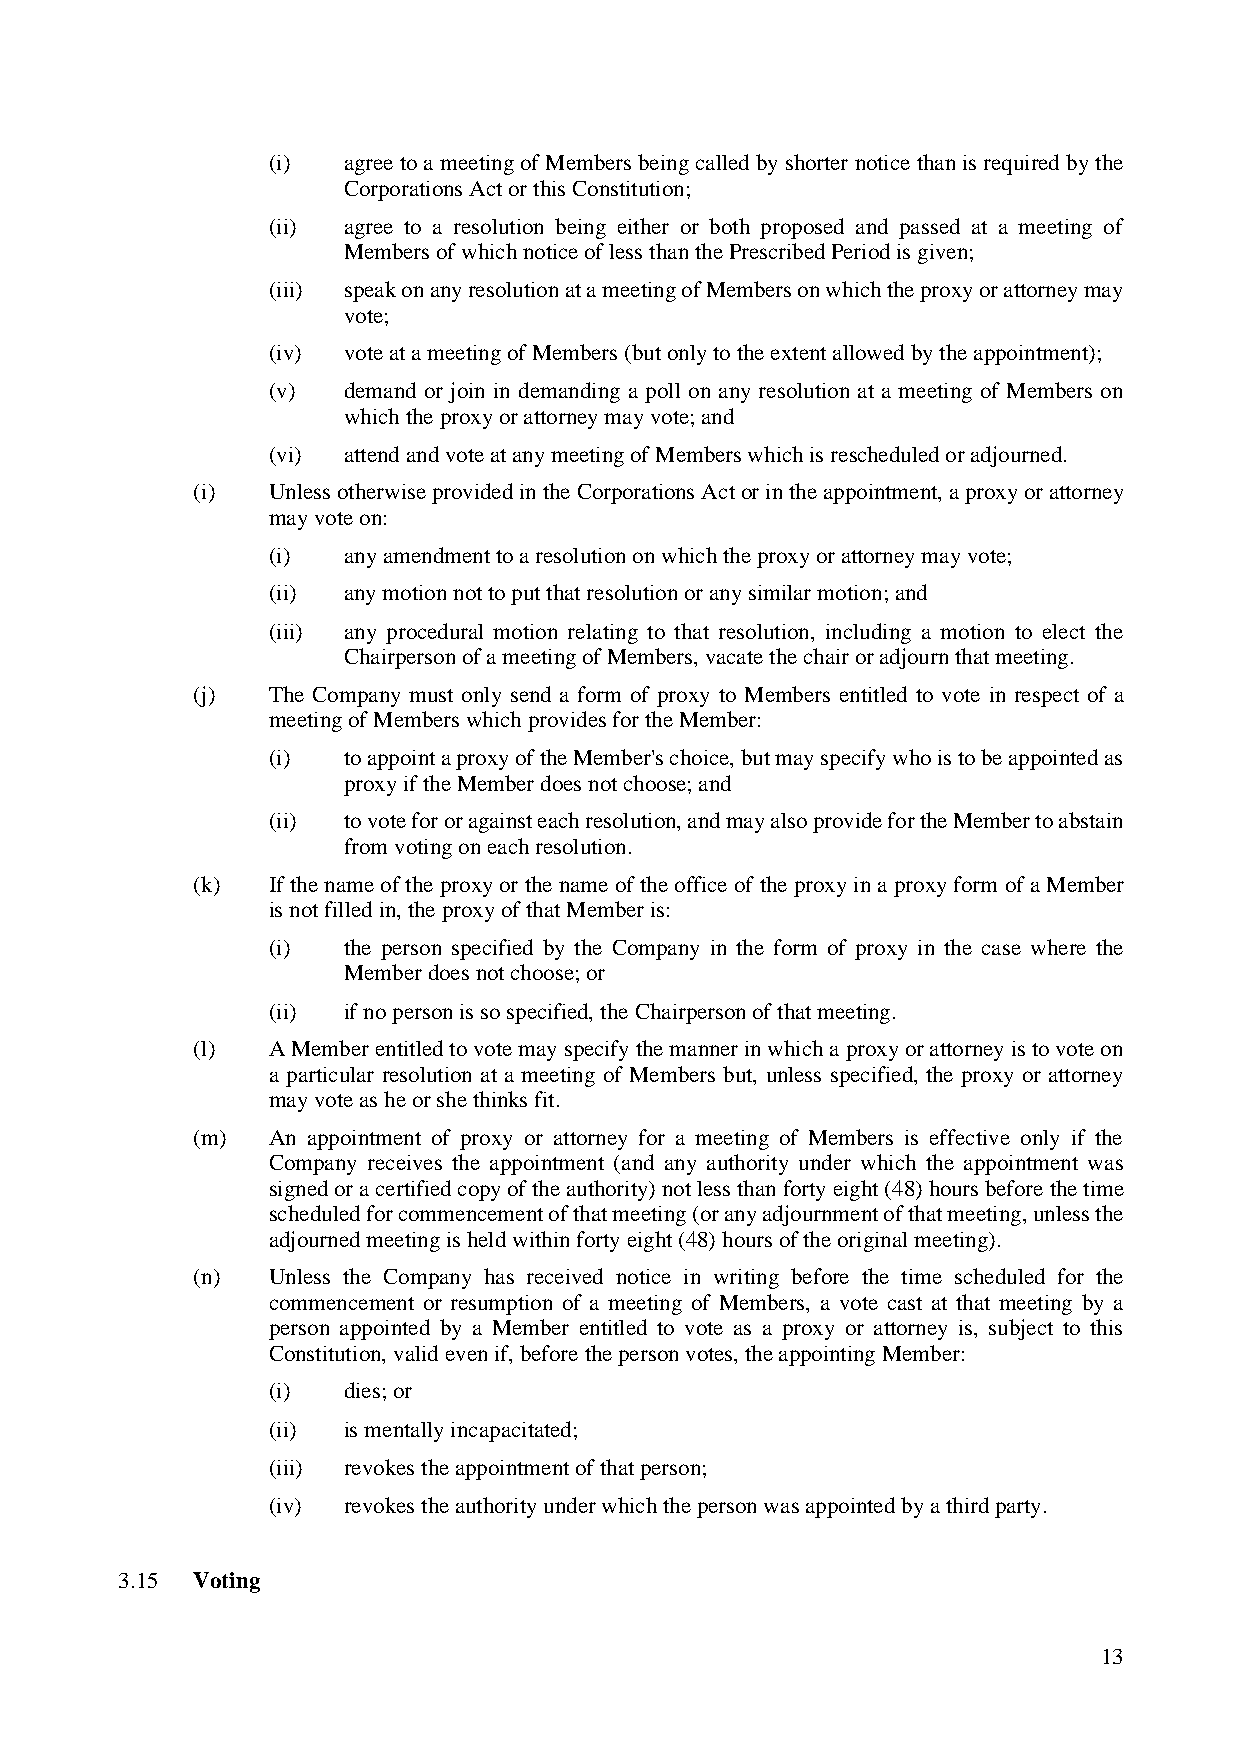
(i)  agree to a meeting of Members being called by shorter notice than is required by the
 Corporations Act or this Constitution;
 (ii) agree to a resolution being either or both proposed and passed at a meeting of
 Members of which notice of less than the Prescribed Period is given;
 (iii) speak on any resolution at a meeting of Members on which the proxy or attorney may
 vote;
 (iv) vote at a meeting of Members (but only to the extent allowed by the appointment);
 (v)  demand or join in demanding a poll on any resolution at a meeting of Members on
 which the proxy or attorney may vote; and
 (vi) attend and vote at any meeting of Members which is rescheduled or adjourned.
 (i)  Unless otherwise provided in the Corporations Act or in the appointment, a proxy or attorney
 may vote on:
 (i)  any amendment to a resolution on which the proxy or attorney may vote;
 (ii) any motion not to put that resolution or any similar motion; and
 (iii) any procedural motion relating to that resolution, including a motion to elect the
 Chairperson of a meeting of Members, vacate the chair or adjourn that meeting.
 (j)  The Company must only send a form of proxy to Members entitled to vote in respect of a
 meeting of Members which provides for the Member:
 (i)  to appoint a proxy of the Member's choice, but may specify who is to be appointed as
 proxy if the Member does not choose; and
 (ii) to vote for or against each resolution, and may also provide for the Member to abstain
 from voting on each resolution.
 (k)  If the name of the proxy or the name of the office of the proxy in a proxy form of a Member
 is not filled in, the proxy of that Member is:
 (i)  the person specified by the Company in the form of proxy in the case where the
 Member does not choose; or
 (ii) if no person is so specified, the Chairperson of that meeting.
 (l)  A Member entitled to vote may specify the manner in which a proxy or attorney is to vote on
 a particular resolution at a meeting of Members but, unless specified, the proxy or attorney
 may vote as he or she thinks fit.
 (m)  An appointment of proxy or attorney for a meeting of Members is effective only if the
 Company receives the appointment (and any authority under which the appointment was
 signed or a certified copy of the authority) not less than forty eight (48) hours before the time
 scheduled for commencement of that meeting (or any adjournment of that meeting, unless the
 adjourned meeting is held within forty eight (48) hours of the original meeting).
 (n)  Unless the Company has received notice in writing before the time scheduled for the
 commencement or resumption of a meeting of Members, a vote cast at that meeting by a
 person appointed by a Member entitled to vote as a proxy or attorney is, subject to this
 Constitution, valid even if, before the person votes, the appointing Member:
 (i)  dies; or
 (ii) is mentally incapacitated;
 (iii) revokes the appointment of that person;
 (iv) revokes the authority under which the person was appointed by a third party.
 3.15 Voting
 13